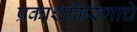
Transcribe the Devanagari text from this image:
प्रकाशकिरणाचे